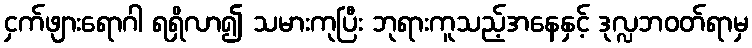
ငှက်ဖျားရောဂါ ရရှိလာ၍ သမားကုပြီး ဘုရားကူသည့်အနေနှင့် ဒုလ္လဘဝတ်ရာမှ